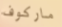
ماركوف